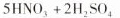
5HNO_{4}+2H_{2}SO_{4}